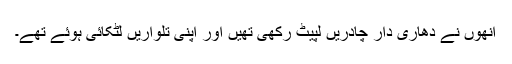
انھوں نے دھاری دار چادریں لپیٹ رکھی تھیں اور اپنی تلواریں لٹکائی ہوئے تھے۔